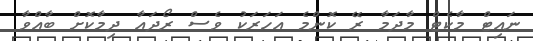
ނައިޓް މާކެޓް މާދަމާ ރޭ ކޮންމެ އަހަރަކު ވެސް ރޯދައާ ދިމާކޮށް ބާއްވާ